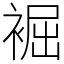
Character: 䘿